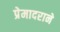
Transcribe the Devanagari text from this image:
प्रेमादराने